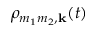
\rho _ { m _ { 1 } m _ { 2 } , \mathbf k } ( t )